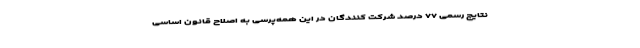
نتایج رسمی ۷۷ درصد شرکت کنندگان در این همه‌پرسی به اصلاح قانون اساسی